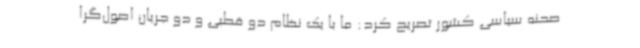
صحنه سیاسی کشور تصریح کرد: ما با یک نظام دو قطبی و دو جریان اصول‌گرا